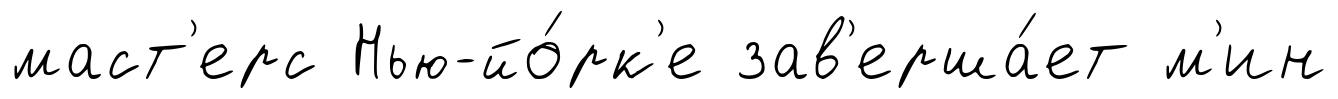
маст'ерс Нью-йо́рк'е зав'ерша́ет м'ин